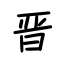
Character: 晋